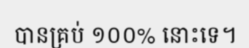
បានគ្រប់ ១០០% នោះទេ។